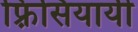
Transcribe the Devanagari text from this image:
फ़्रिसियायी